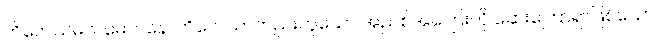
ကိလေသမလဓောဝနေ၊ ကိလေသာတည်းဟူသော အညစ်အကြေးကို ဆေးကြောရာဖြစ်သော။